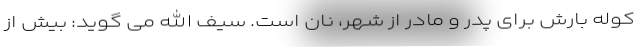
کوله بارش برای پدر و مادر از شهر، نان است. سیف الله می گوید: بیش از